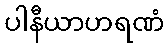
ပါနီယာဟရဏံ